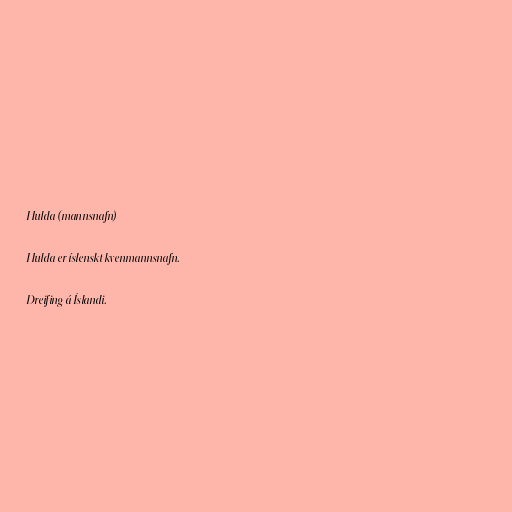
Hulda (mannsnafn)

Hulda er íslenskt kvenmannsnafn.

Dreifing á Íslandi.